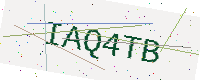
Text: IAQ4TB